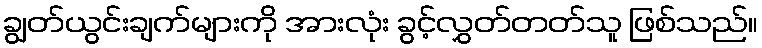
ချွတ်ယွင်းချက်များကို အားလုံး ခွင့်လွှတ်တတ်သူ ဖြစ်သည်။